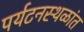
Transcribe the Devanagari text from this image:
पर्यटनस्थळांत